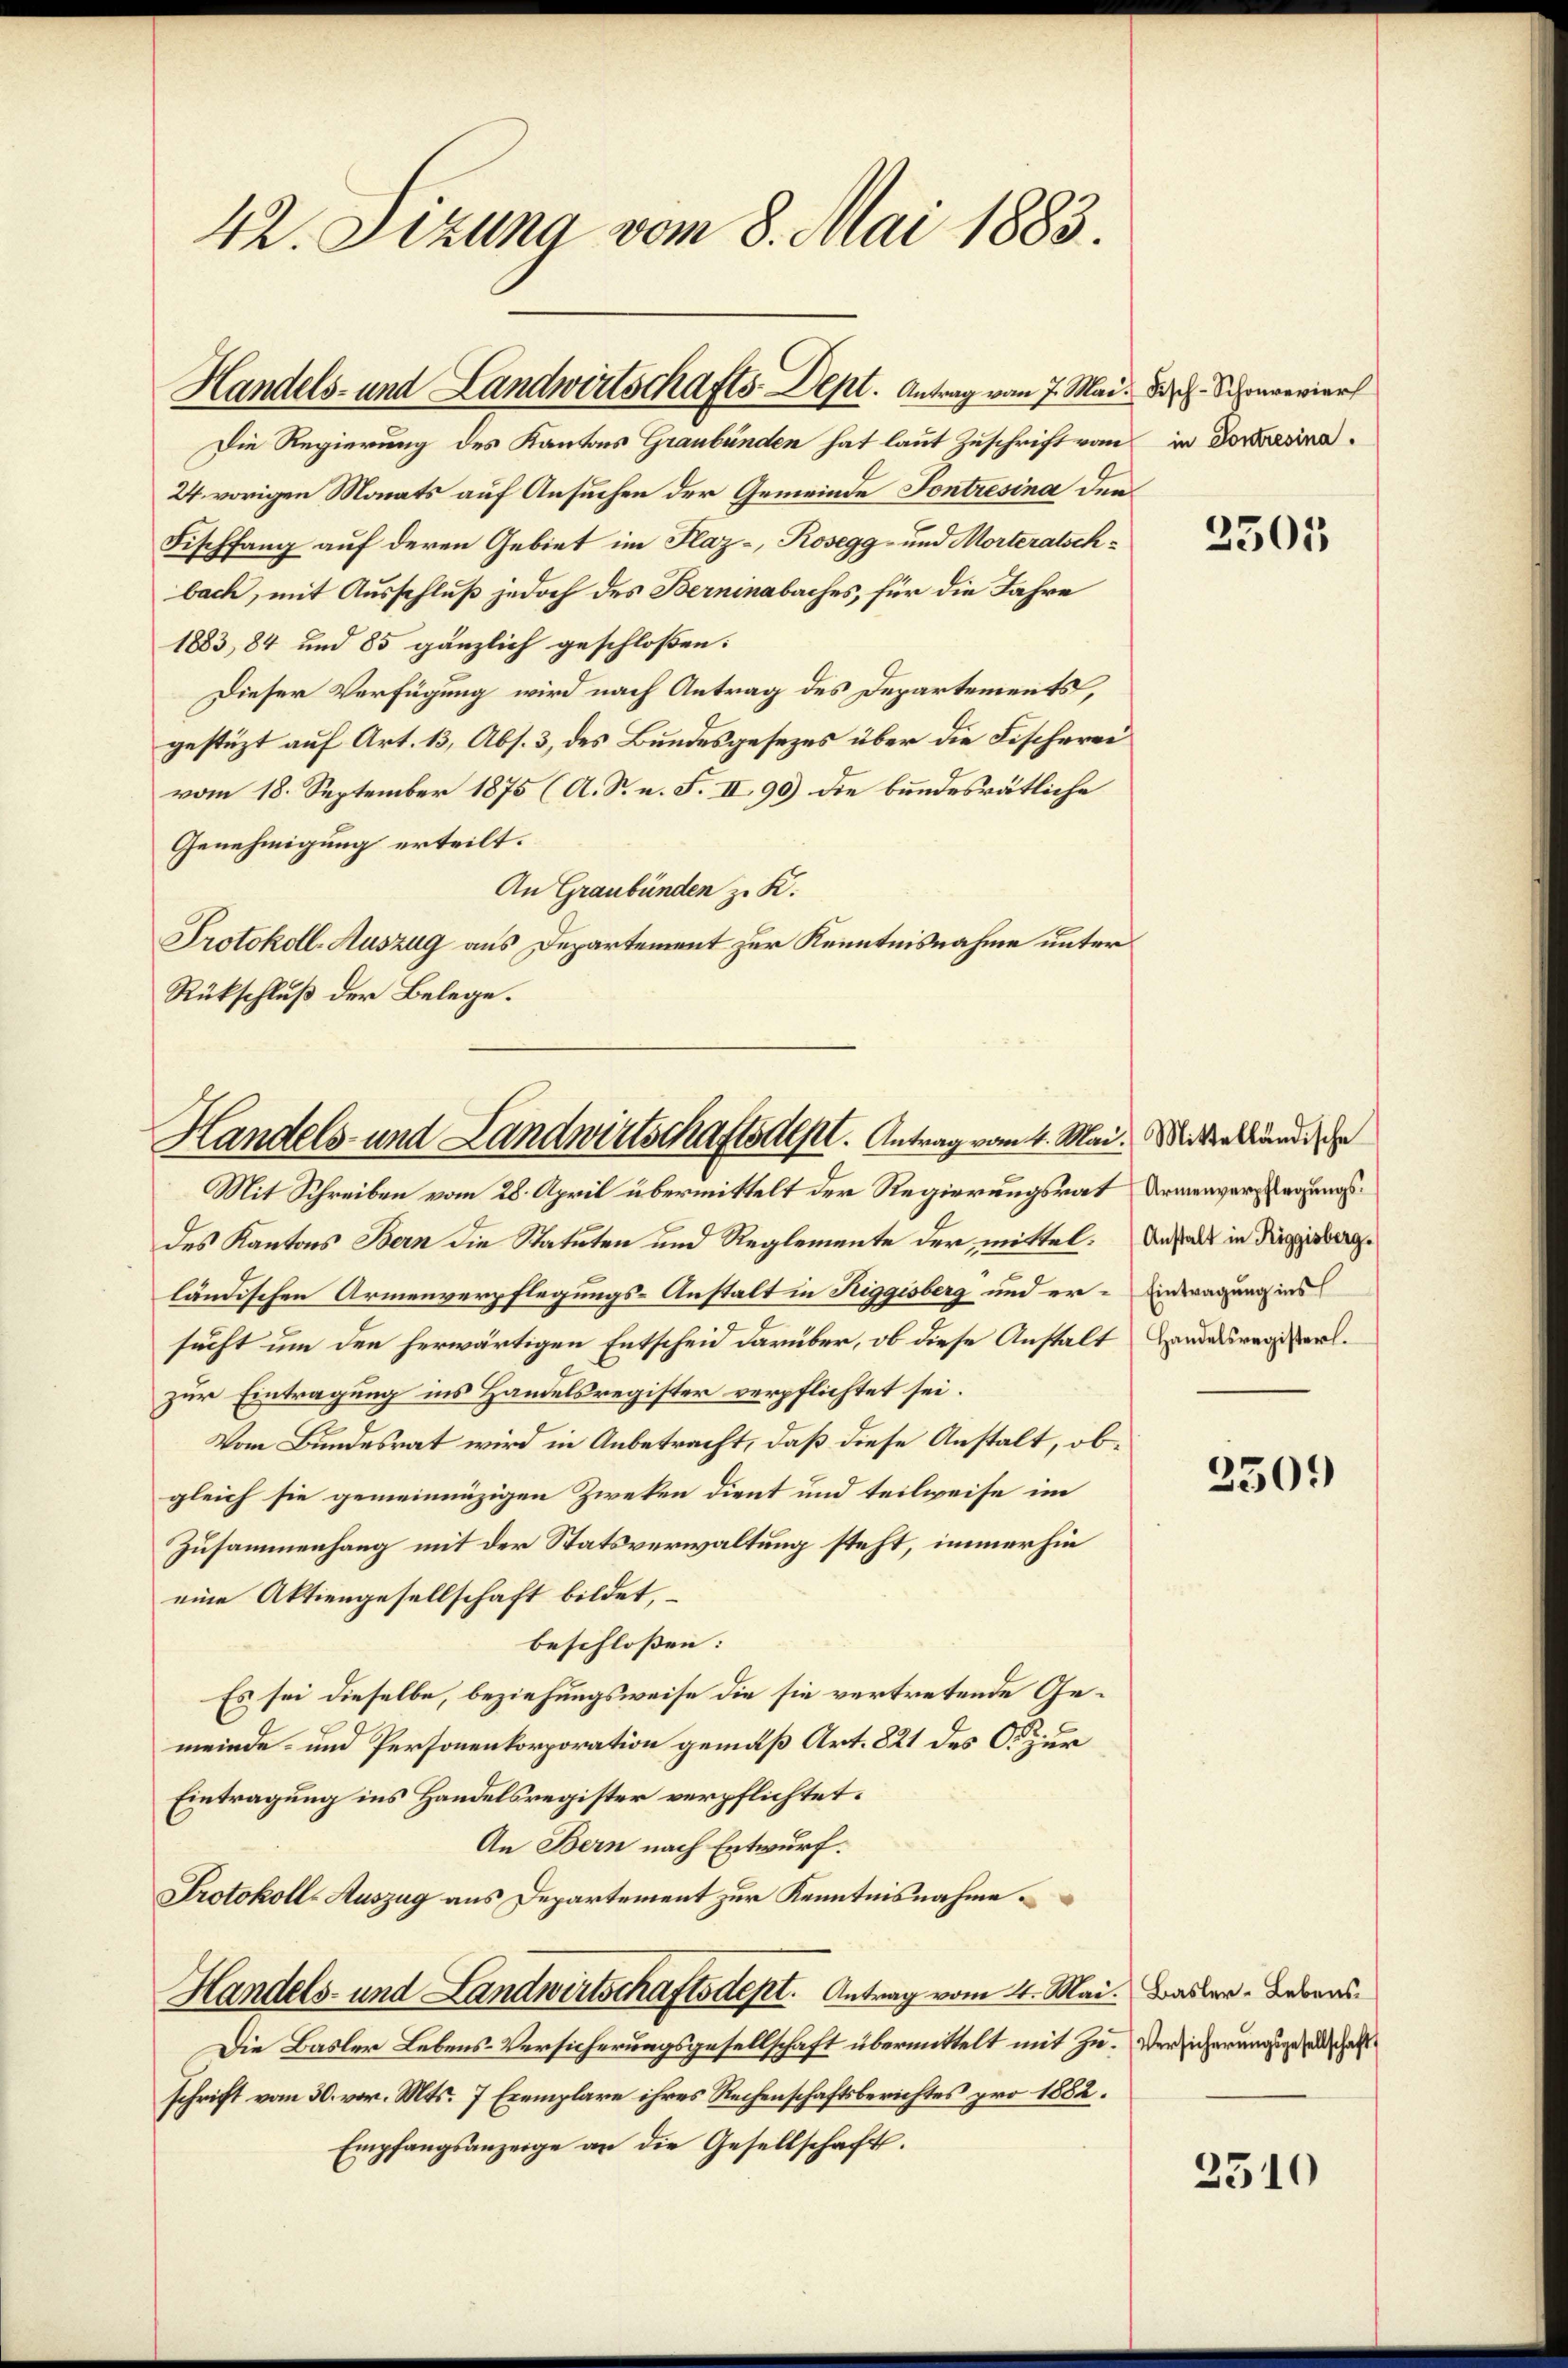
42. Sizung vom 8. Mai 1883.

Handels- und Landwirtschafts-Dept. Antrag vom 7. Mai d. Schmerier

Die Regierung des Kantons Graubünden hat laut Zuschrift vom in Fortbesina¬
24. vorigen Monats auf Ansuchen der Gemeinde Fontresina den
Fischfang auf deren Gebiet im Plaz-, Rosegg- und Morteralschbach, mit Ausschluß jedoch des Berninabaches, für die Jahre
1883, 84 und 85 gänzlich geschloßen:
Dieser Verfügung wird nach Antrag des Departements,
gestüzt auf Art. 13, Abs. 3, des Bundesgesezes über die Fischerei
vom 18. September 1875 (A. S. u. F. II 90) die bundesrätliche
Genehmigung erteilt.
An Graubünden zu K.
Protokoll-Auszug aus Departement zur Kenntnisnahme unter
Rückschluß der Belege.

Handels- und Landwirtschaftsalp. Antrag vom 4. Mai. Mitterlände de
Mit Schreiben vom 28. April übermittelt der Regierungsrat Armenversagungs¬

des Kantons Bern die Statuten und Reglemente der mittelländischen Armenverpflegungs-Anstalt in Riggisberg und er- Eintragung ins
sucht um den herwärtigen Entscheid darüber, ob diese Anstalt Landesregier
zur Eintragung ins Handelsregister verpflichtet sei.
Vom Bundesrat wird in Anbetracht, daß diese Anstalt, obgleich sie gemeinnüzigen Zweken dient und teilweise im
Zusammenhang mit der Statsverwaltung steht, immerhin
eine Aktiengesellschaft bildet,
beschlossen:
Es sei dieselbe, beziehungsweise die sie vertretende Gemeinde- und Personenkorporation gemäß Art. 821 des C. zur
Eintragung ins Handelsregister verpflichtet.
An Bern nach Entwurf.
Protokoll-Auszug aus Departement zur Kenntnisnahme¬
Handels- und Landwirtschaftsdept.   Antrag vom 4. Mai. Basler Lebens¬
Die Basler Lebens-Versicherungsgesellschaft übermittelt mit zu. Versicherungsgesandschaft
schrift vom 30. vor. Mts. 7 Exemplare ihres Rechenschaftsberichtes pro 1882.
Empfangsanzeige an die Gesellschaft.

2505

Anstalt in Riggisberg.

3509

2510